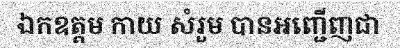
ឯកឧត្តម កាយ សំរួម បានអញ្ជើញជា